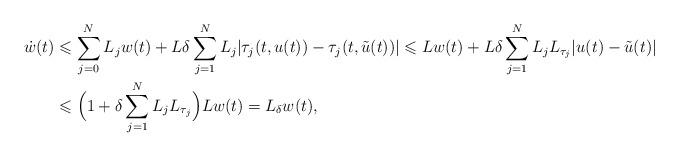
LaTeX: \begin{align*}\dot w(t) & \leqslant \sum_{j=0}^N L_j w(t)+L\delta\sum_{j=1}^N L_j|\tau_j(t,u(t))-\tau_j(t,\tilde u(t))| \leqslant L w(t)+L\delta\sum_{j=1}^N L_jL_{\tau_j}|u(t)-\tilde u(t)|\\& \leqslant\Bigl(1+\delta\sum_{j=1}^N L_jL_{\tau_j}\Bigr)L w(t)= L_{\delta}w(t),\end{align*}